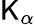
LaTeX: \mathsf{K}_{\alpha}